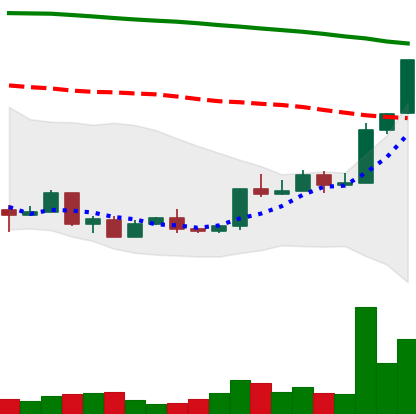
Ticker: XMR-USD
Chart end date: 2018-04-20
Forward return: -5.457%
Label: down_5_7